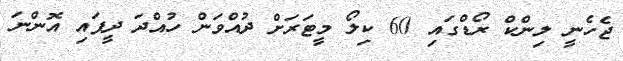
ޖެހެނީ ލިންކް ރޯޑްގައި 60 ކިލޯ މީޓަރަށް ދުއްވަން ހުއްދަ ދީފައި އޮންނަ